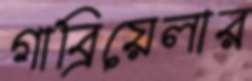
গাব্রিয়েলার